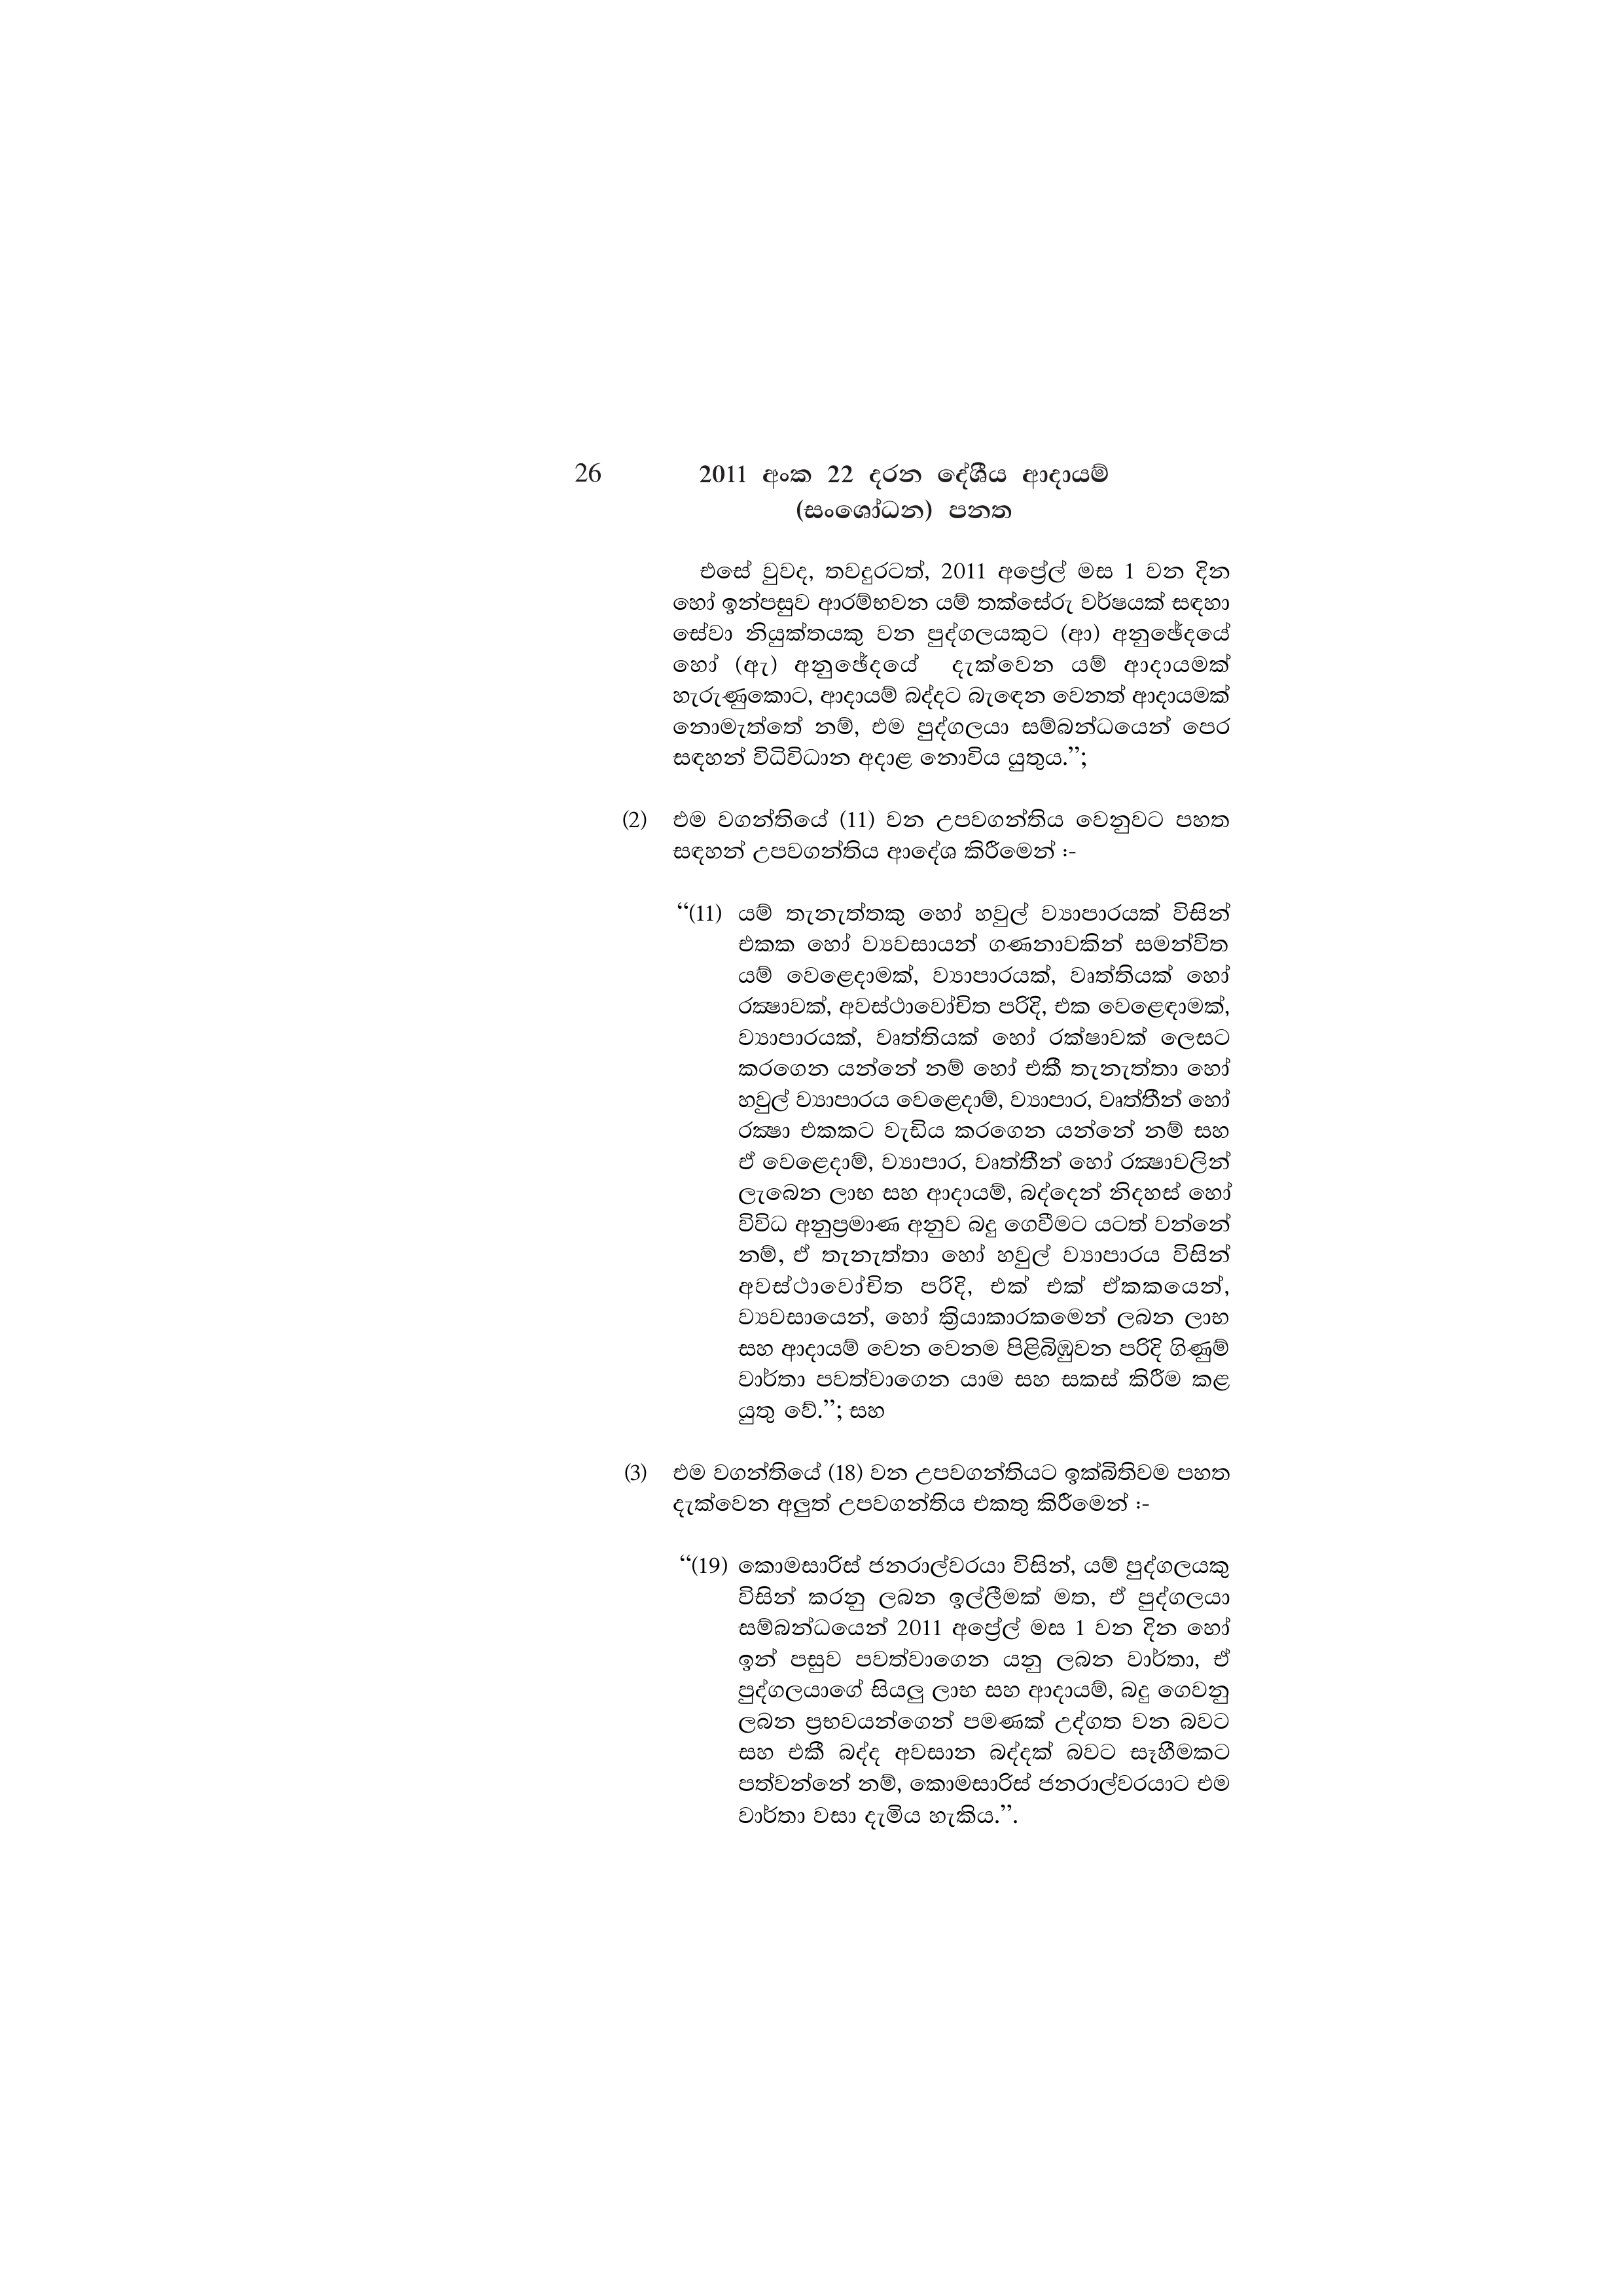
26  2011 අංක 22 දරන දේශීය ආදායම්
(සංශෝධන) පනත

එසේ වුවද, තවදුරටත්, 2011 අප්‍රේල් මස 1 වන දින
හෝ ඉන්පසුව ආරම්භවන යම් තක්සේරු වර්ෂයක් සඳහා
සේවා නියුක්තයකු වන පුද්ගලයකුට (ආ) අනුඡේදයේ
හෝ (ඇ) අනුඡේදයේ දැක්වෙන යම් ආදායමක්
හැරුණුකොට, ආදායම් බද්දට බැඳෙන වෙනත් ආදායමක්
නොමැත්තේ නම්, එම පුද්ගලයා සම්බන්ධයෙන් පෙර
සඳහන් විධිවිධාන අදාළ නොවිය යුතුය.”;

(2) එම වගන්තියේ (11) වන උපවගන්තිය වෙනුවට පහත
සඳහන් උපවගන්තිය ආදේශ කිරීමෙන් :-

“(11) යම් තැනැත්තකු හෝ හවුල් ව්‍යාපාරයක් විසින්
එකක හෝ ව්‍යවසායන් ගණනාවකින් සමන්විත
යම් වෙළෙදාමක්, ව්‍යාපාරයක්, වෘත්තියක් හෝ
රක්‍ෂාවක්, අවස්ථාවෝචිත පරිදි, එක වෙළෙඳාමක්,
ව්‍යාපාරයක්, වෘත්තියක් හෝ රක්ෂාවක් ලෙසට
කරගෙන යන්නේ නම් හෝ එකී තැනැත්තා හෝ
හවුල් ව්‍යාපාරය වෙළෙදාම්, ව්‍යාපාර, වෘත්තීන් හෝ
රක්‍ෂා එකකට වැඩිය කරගෙන යන්නේ නම් සහ
ඒ වෙළෙදාම්, ව්‍යාපාර, වෘත්තීන් හෝ රක්‍ෂාවලින්
ලැබෙන ලාභ සහ ආදායම්, බද්දෙන් නිදහස් හෝ
විවිධ අනුප්‍රමාණ අනුව බදු ගෙවීමට යටත් වන්නේ
නම්, ඒ තැනැත්තා හෝ හවුල් ව්‍යාපාරය විසින්
අවස්ථාවෝචිත පරිදි, එක් එක් ඒකකයෙන්,
ව්‍යවසායෙන්, හෝ ක්‍රියාකාරකමෙන් ලබන ලාභ
සහ ආදායම් වෙන වෙනම පිළිබිඹුවන පරිදි ගිණුම්
වාර්තා පවත්වාගෙන යාම සහ සකස් කිරීම කළ
යුතු වේ.”; සහ

(3) එම වගන්තියේ (18) වන උපවගන්තියට ඉක්බිතිවම පහත
දැක්වෙන අලුත් උපවගන්තිය එකතු කිරීමෙන් :-

“(19) කොමසාරිස් ජනරාල්වරයා විසින්, යම් පුද්ගලයකු
විසින් කරනු ලබන ඉල්ලීමක් මත, ඒ පුද්ගලයා
සම්බන්ධයෙන් 2011 අප්‍රේල් මස 1 වන දින හෝ
ඉන් පසුව පවත්වාගෙන යනු ලබන වාර්තා, ඒ
පුද්ගලයාගේ සියලු ලාභ සහ ආදායම්, බදු ගෙවනු
ලබන ප්‍රභවයන්ගෙන් පමණක් උද්ගත වන බවට
සහ එකී බද්ද අවසාන බද්දක් බවට සෑහීමකට
පත්වන්නේ නම්, කොමසාරිස් ජනරාල්වරයාට එම
වාර්තා වසා දැමිය හැකිය.”.